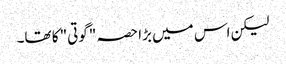
لیکن اس میں بڑا حصہ "گوتی" کا تھا۔